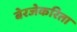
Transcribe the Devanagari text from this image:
बेरजेकरिता